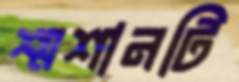
শ্মশানটি